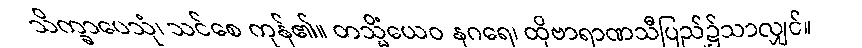
သိက္ခာပေသုံ၊ သင်စေ ကုန်၏။ တသ္မိံယေဝ နဂရေ၊ ထိုဗာရာဏသီပြည်၌သာလျှင်။